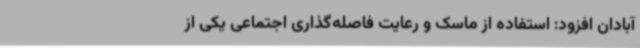
آبادان افزود: استفاده از ماسک و رعایت فاصله‌گذاری اجتماعی یکی از